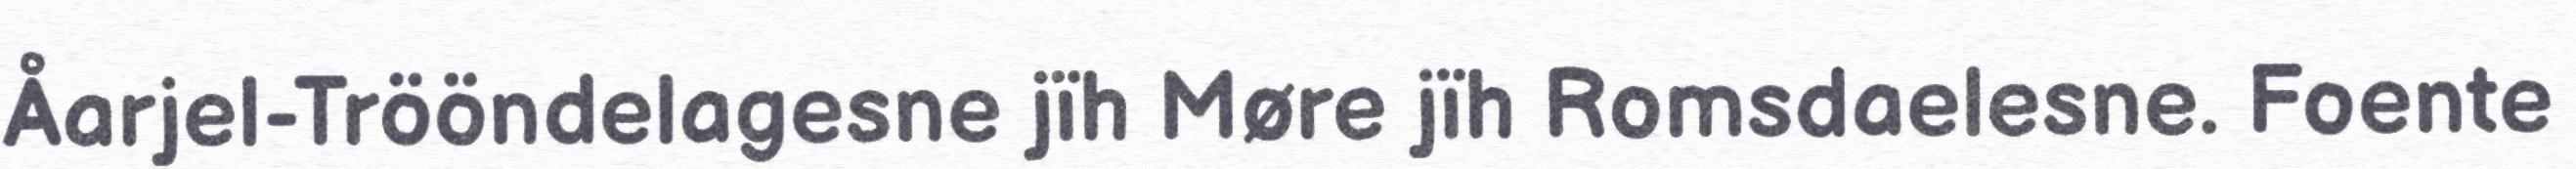
Åarjel-Trööndelagesne jïh Møre jïh Romsdaelesne. Foente